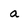
Character: a